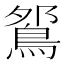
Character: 𫚹